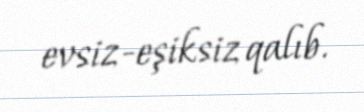
evsiz-eşiksiz qalıb.